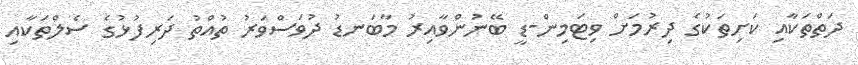
ދަތްތަކާއި ކަށިތަކުގެ ދިރުމަށް ވިޓަމިން-ޑީ ބޭނުންވާއިރު މާބަނޑު ދުވަސްވަރު ތުއްތު ދަރިފުޅުގެ ސެލްތަކާއި